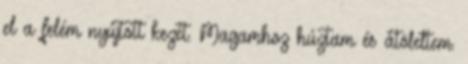
el a felém nyújtott kezét. Magamhoz húztam és átöleltem.